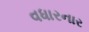
વધારનાર